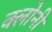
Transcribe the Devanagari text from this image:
क्लोनी